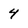
Character: 4